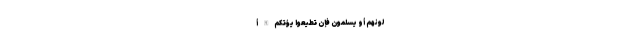
ِلُونَهُمْ أَوْ يُسْلِمُونَ فَإِنْ تُطِيعُوا يُؤْتِكُمُ اللَّهُ أ